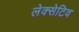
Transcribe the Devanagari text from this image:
लेक्सेटिव